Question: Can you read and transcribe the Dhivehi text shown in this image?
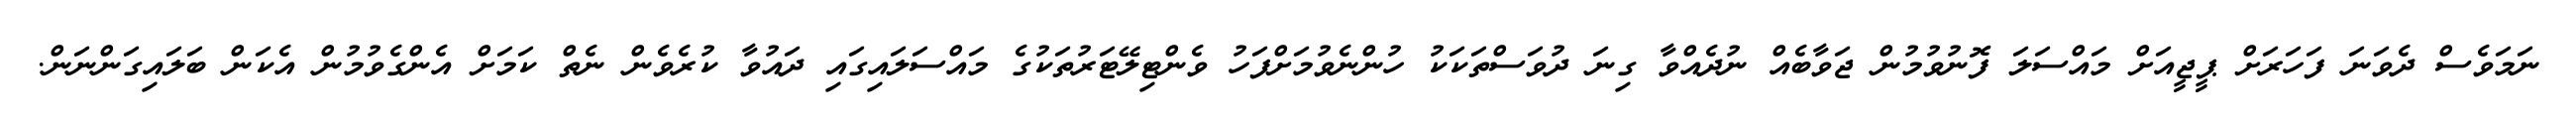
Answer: ނަމަވެސް ދެވަނަ ފަހަރަށް ޕީޖީއަށް މައްސަލަ ފޮނުވުމުން ޖަވާބެއް ނުދެއްވާ ގިނަ ދުވަސްތަކަކު ހުންނެވުމަށްފަހު ވެންޓިލޭޓަރުތަކުގެ މައްސަލައިގައި ދައުވާ ކުރެވެން ނެތް ކަމަށް އެންގެވުމުން އެކަން ބަލައިގަންނަން.